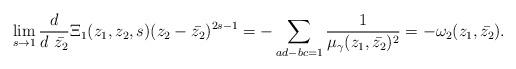
LaTeX: \begin{align*}\lim_{s \rightarrow 1} \frac{d}{d~\bar{z_2}}\Xi_1(z_1,z_2,s)(z_2-\bar{z_2})^{2s-1}=-\sum_{ad-bc=1}\frac{1}{\mu_{\gamma}(z_1, \bar{z_2})^2}=-\omega_2(z_1, \bar{z_2}). \end{align*}